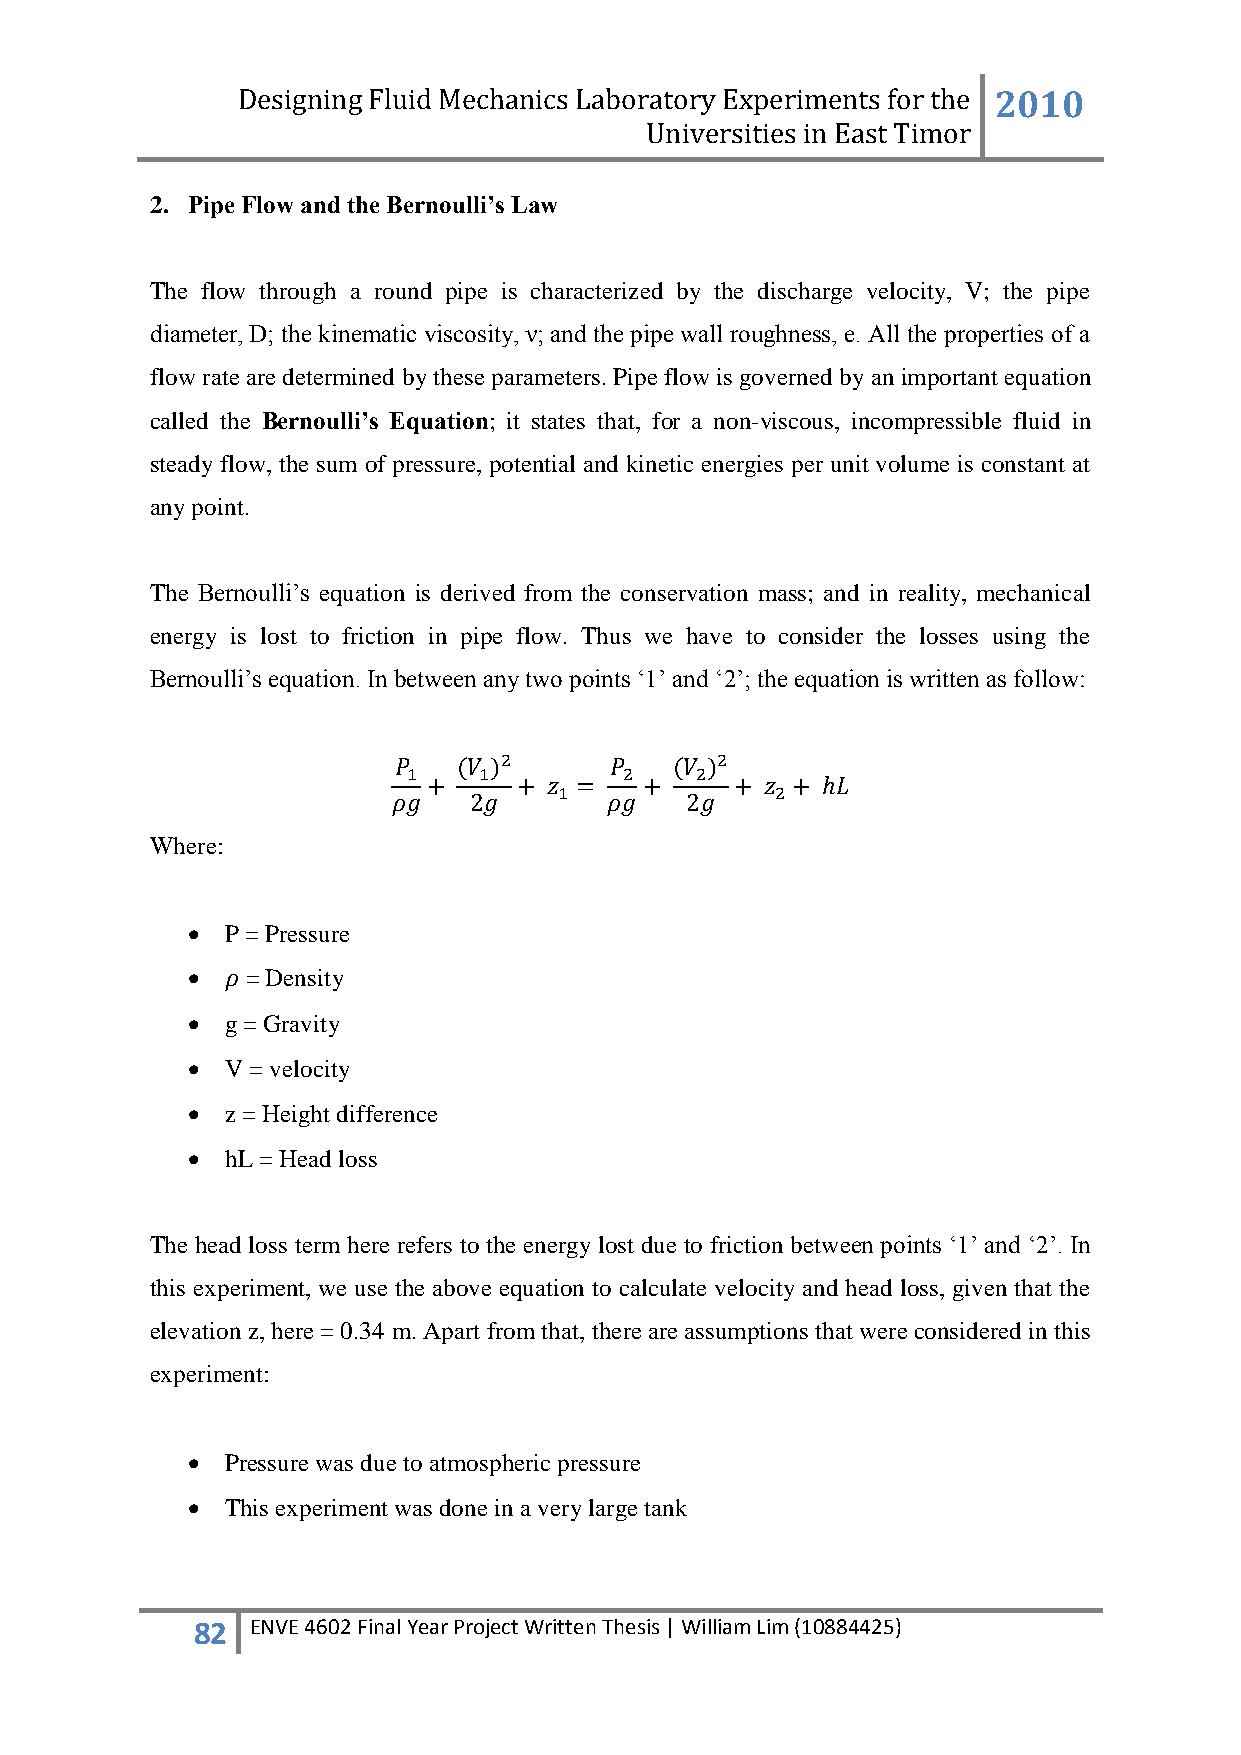
Designing Fluid Mechanics Laboratory Experiments for the 2010
 Universities in East Timor
 2. Pipe Flow and the Bernoulli’s Law
 The flow through a round pipe is characterized by the discharge velocity, V; the pipe
 diameter, D; the kinematic viscosity, ν; and the pipe wall roughness, e. All the properties of a
 flow rate are determined by these parameters. Pipe flow is governed by an important equation
 called the Bernoulli’s Equation; it states that, for a non-viscous, incompressible fluid in
 steady flow, the sum of pressure, potential and kinetic energies per unit volume is constant at
 any point.
 The Bernoulli‟s equation is derived from the conservation mass; and in reality, mechanical
 energy is lost to friction in pipe flow. Thus we have to consider the losses using the
 Bernoulli‟s equation. In between any two points „1‟ and „2‟; the equation is written as follow:
 Where:
   P = Pressure
    = Density
   g = Gravity
   V = velocity
   z = Height difference
   hL = Head loss
 The head loss term here refers to the energy lost due to friction between points „1‟ and „2‟. In
 this experiment, we use the above equation to calculate velocity and head loss, given that the
 elevation z, here = 0.34 m. Apart from that, there are assumptions that were considered in this
 experiment:
   Pressure was due to atmospheric pressure
   This experiment was done in a very large tank
 82  ENVE 4602 Final Year Project Written Thesis | William Lim (10884425)